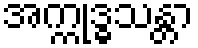
အက္ကုဒ္ဓသန္တာ